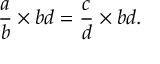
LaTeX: { \frac { a } { b } } \times b d = { \frac { c } { d } } \times b d .